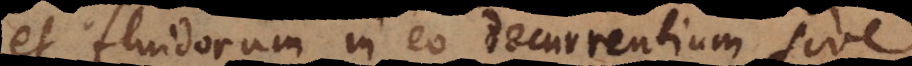
et fluidorum in eo decurrentium sive